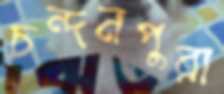
চন্দনপুরা